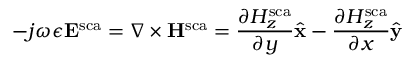
- j \omega \epsilon \mathbf { E } ^ { \mathrm { s c a } } = \nabla \times \mathbf { H } ^ { \mathrm { s c a } } = \frac { \partial H _ { z } ^ { \mathrm { s c a } } } { \partial y } \hat { \mathbf { x } } - \frac { \partial H _ { z } ^ { \mathrm { s c a } } } { \partial x } \hat { \mathbf { y } }